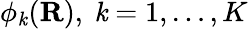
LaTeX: \phi_{\mathit{k}}(\mathbf{{R}}),\ \mathit{k}=1,\ldots,K